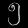
Digit: ၅